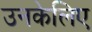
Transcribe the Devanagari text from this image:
उनकेलिए